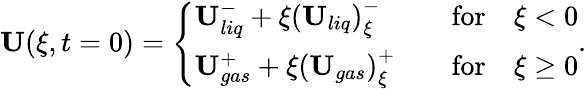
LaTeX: \begin{array}{r}{\mathbf{U}(\xi,t=0)=\left\{ \begin{array}{ll}{\mathbf{U}_{liq}^{-}+\xi\left(\mathbf{U}_{liq}\right)_{\xi}^{-}\quad}&{\mathrm{for}\quad\xi<0}\\ {\mathbf{U}_{gas}^{+}+\xi\left(\mathbf{U}_{gas}\right)_{\xi}^{+}\quad}&{\mathrm{for}\quad\xi\geq 0}\end{array}\right..}\end{array}